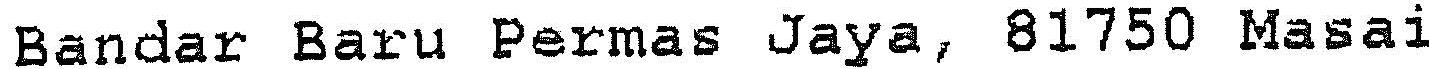
BANDAR BARU PERMAS JAYA, 81750 MASAI